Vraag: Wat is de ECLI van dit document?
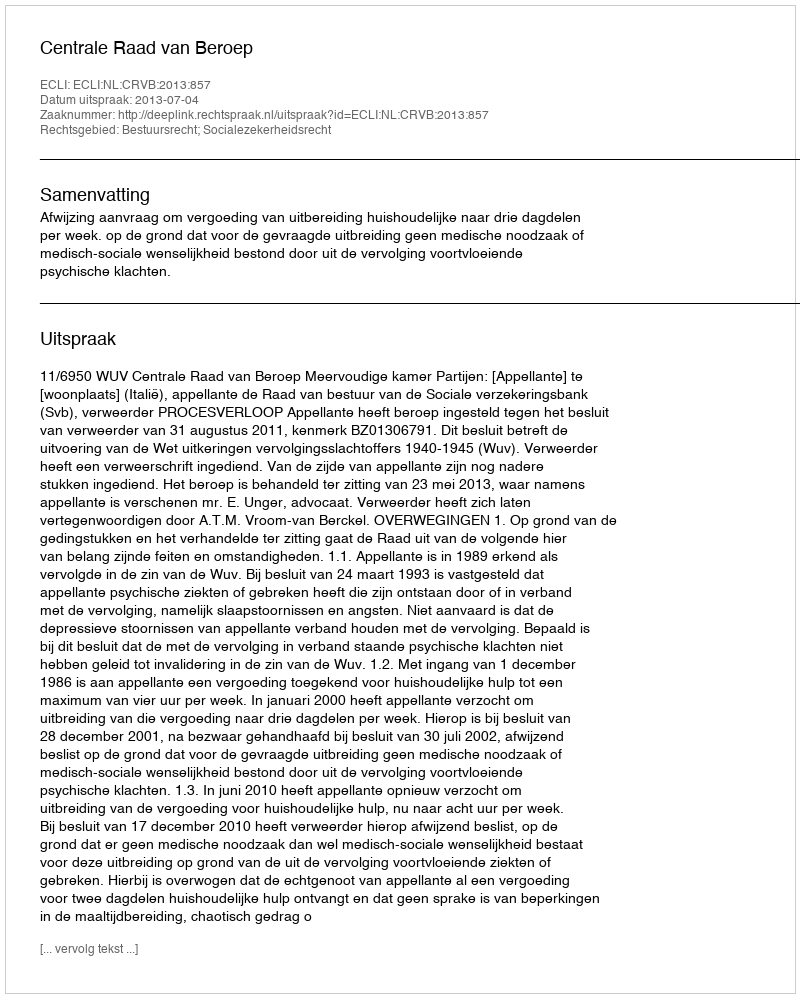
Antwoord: ECLI:NL:CRVB:2013:857